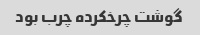
گوشت چرخکرده چرب بود